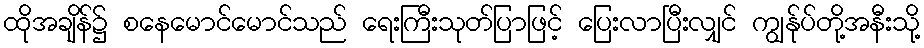
ထိုအချိန်၌ စနေမောင်မောင်သည် ရေးကြီးသုတ်ပြာဖြင့် ပြေးလာပြီးလျှင် ကျွန်ုပ်တို့အနီးသို့